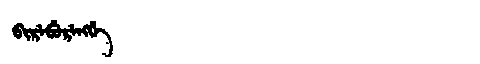
Manchu: ᠪᡳᡵᡝᠪᡠᡵᡝᠩᡤᡝ
Romanization: BIREBURENGGE